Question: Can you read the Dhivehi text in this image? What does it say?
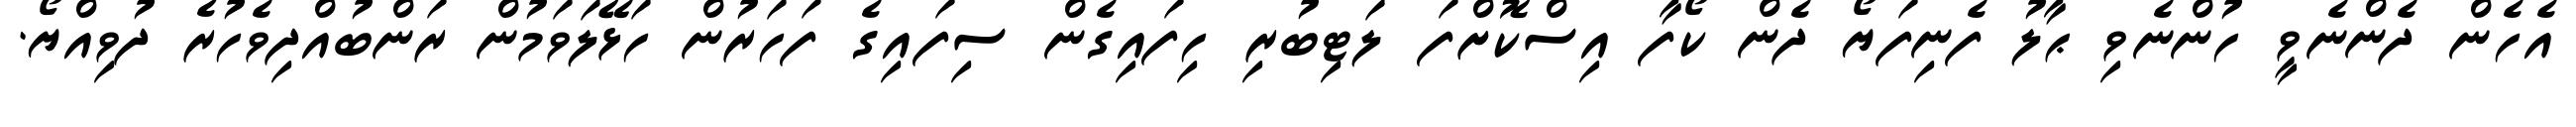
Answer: އެހެން ދެންނެވީ ހުންނެވި ޙާލު ފެނިފަޔޯ ދެން ކޯފާ އިސްކޮށްފަ ލަޓިބުރި ހިފައިގެން ސިފައިގެ ފަހަރުން ހަޅޭލަވަމުން ރަންބުއްދިވެހުރެ ދުވިއްޔޯ.